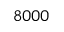
8 0 0 0